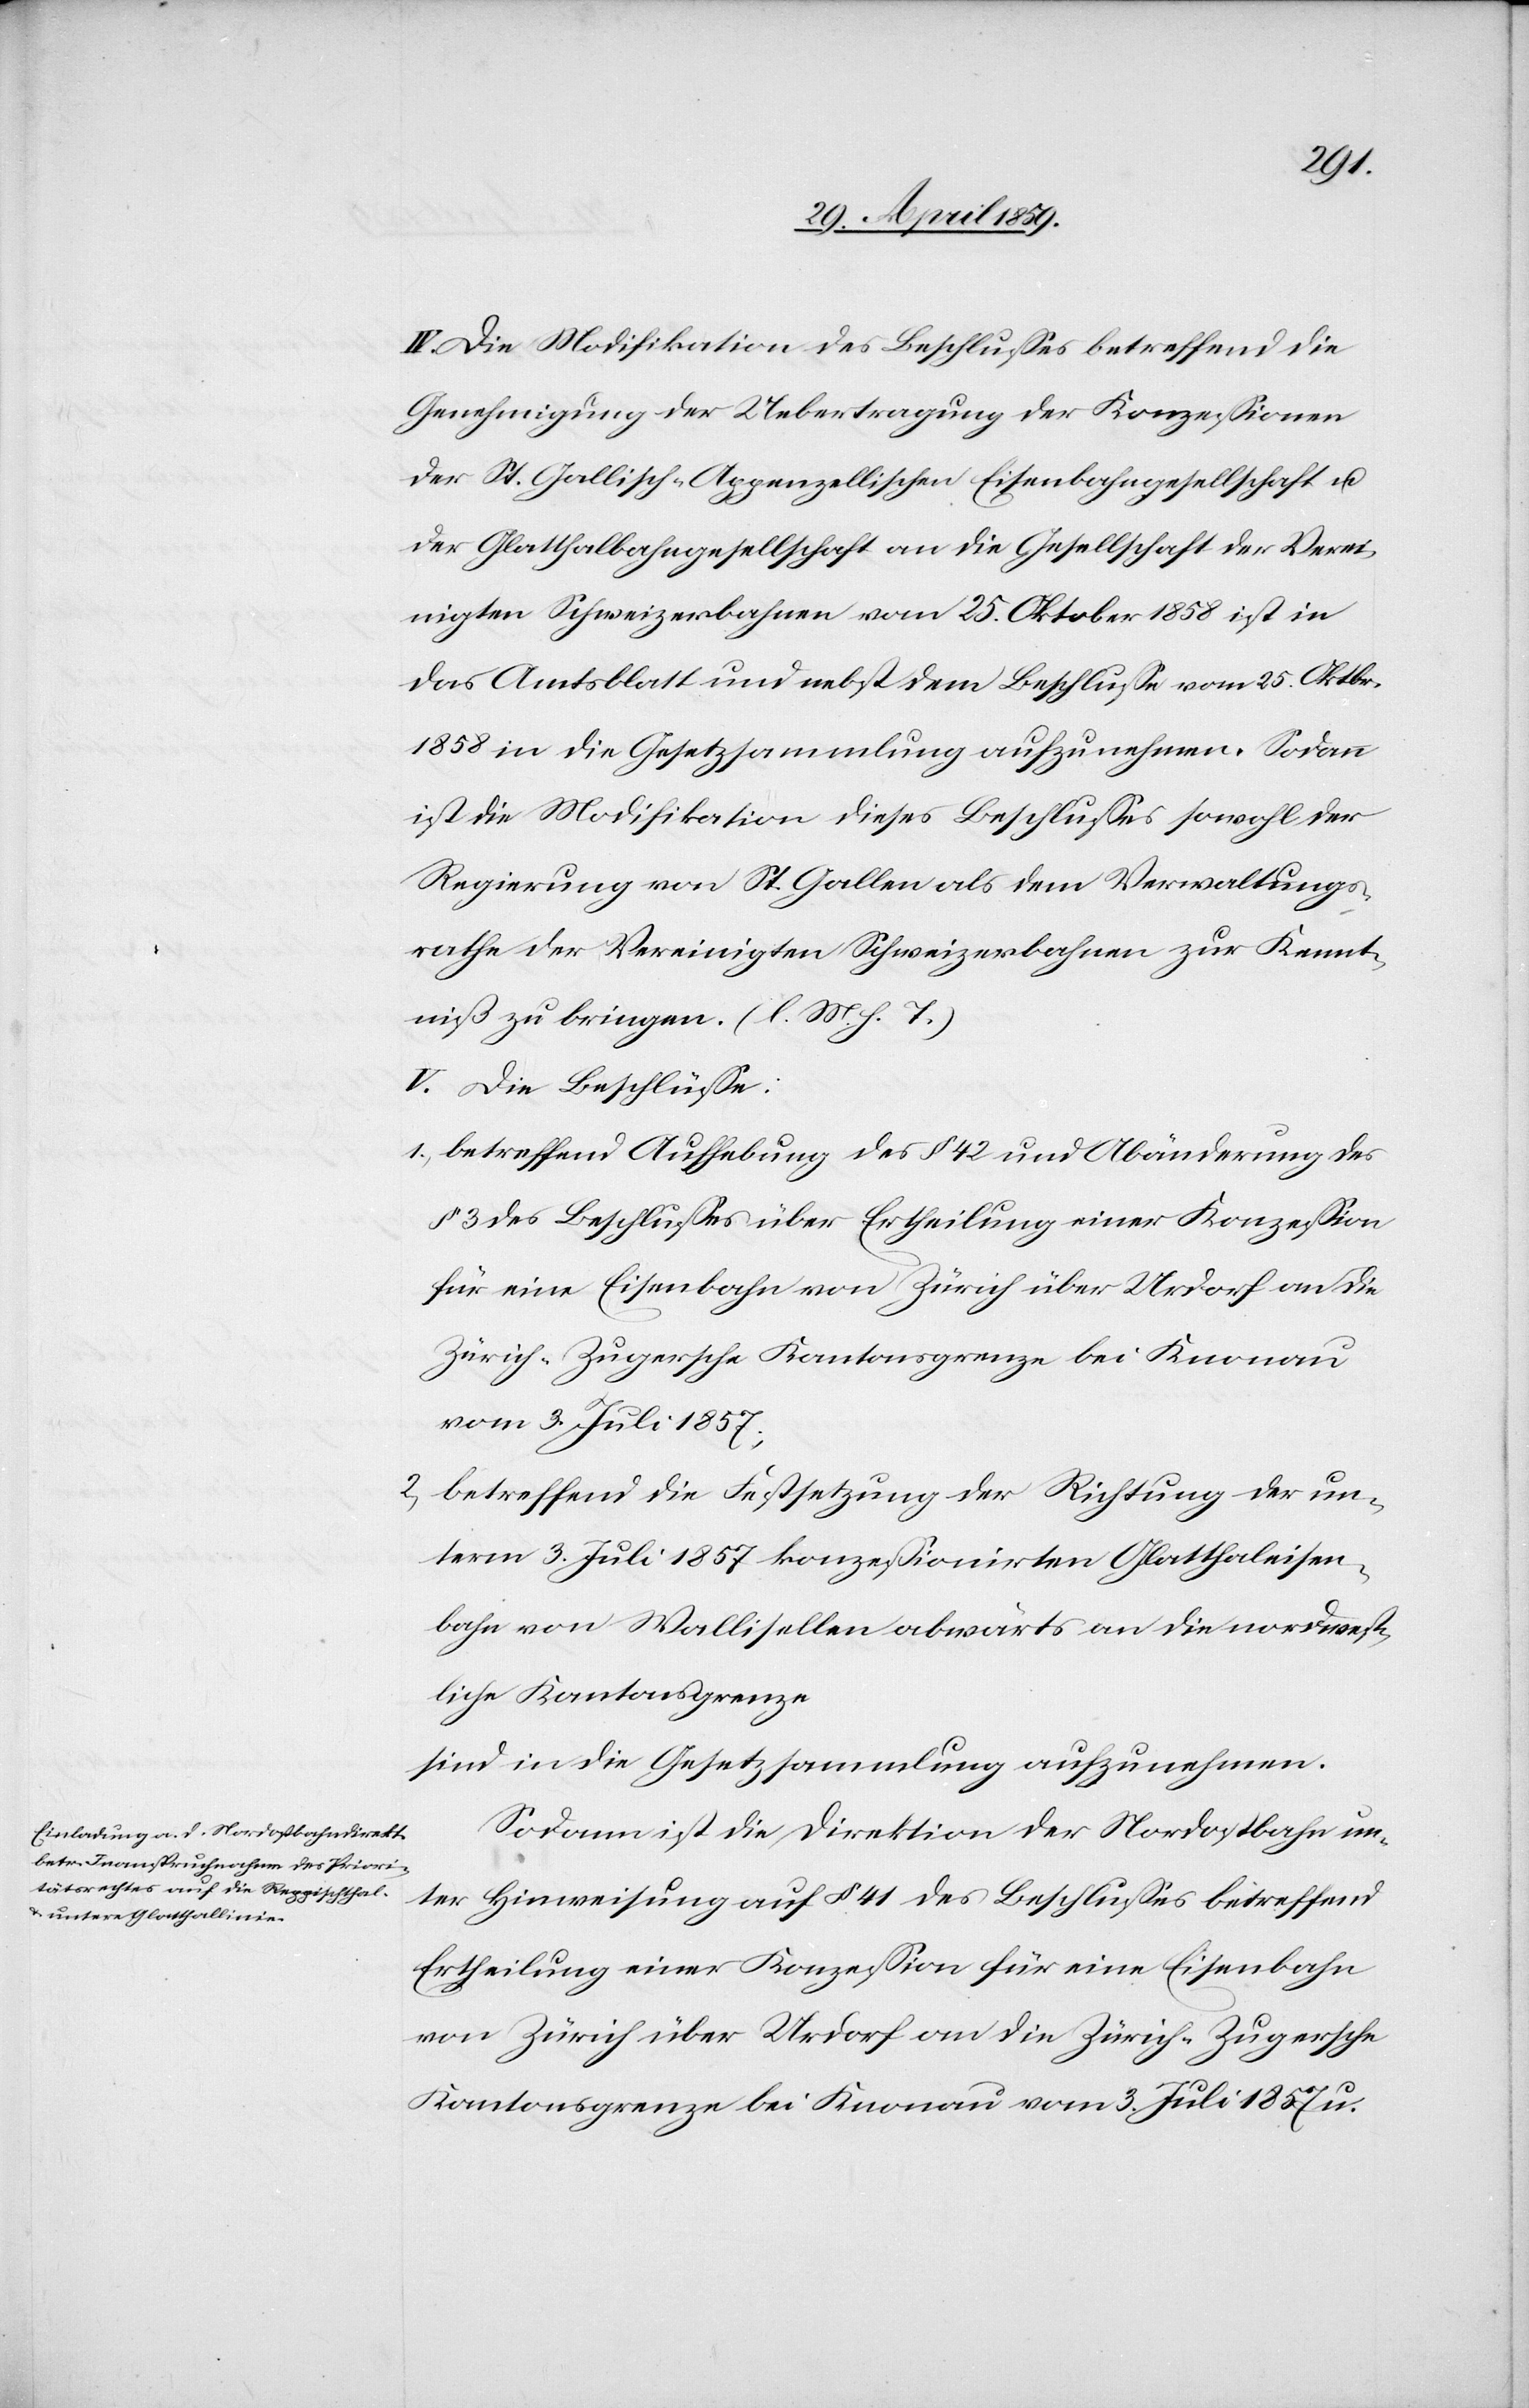
IV. Die Modifikation des Beschlußes betreffend die
Genehmigung der Uebertragung der Konzeßionen
der St. Gallisch-Appenzellischen Eisenbahngesellschaft u.
der Glatthalbahngesellschaft an die Gesellschaft der Verei¬
nigten Schweizerbahnen vom 25. Oktober 1858 ist in
das Amtsblatt und nebst dem Beschluße vom 25. Oktbr.
1858 in die Gesetzsammlung aufzunehmen. Sodann
ist die Modifikation dieses Beschlußes sowohl der
Regierung von St. Gallen als dem Verwaltungs¬
rathe der Vereinigten Schweizerbahnen zur Kennt¬
niß zu bringen. (l. M. h. T.)
V. Die Beschlüße:
1) betreffend Aufhebung des § 42 und Abänderung des
§ 3 des Beschlußes über Ertheilung einer Konzeßion
für eine Eisenbahn von Zürich über Urdorf an die
Zürich-Zugersche Kantonsgrenze bei Knonau
vom 3. Juli 1857;
2) betreffend die Festsetzung der Richtung der un¬
term 3. Juli 1857 konzeßionirten Glatthaleisen¬
bahn von Wallisellen abwärts an die nordwest¬
liche Kantonsgrenze
sind in die Gesetzsammlung aufzunehmen.
Sodann ist die Direktion der Nordostbahn un¬
ter Hinweisung auf § 41 des Beschlußes betreffend
Ertheilung einer Konzeßion für eine Eisenbahn
von Zürich über Urdorf an die Zürich-Zugersche
Kantonsgrenze bei Knonau vom 3. Juli 1857 u.